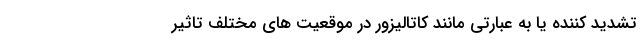
تشدید کننده یا به عبارتی مانند کاتالیزور در موقعیت های مختلف تاثیر